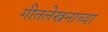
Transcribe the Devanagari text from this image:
गीतलेखनाच्या